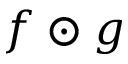
f \odot g